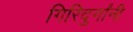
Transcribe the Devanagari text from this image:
गिरिदुर्गांनी